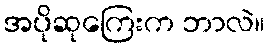
အပိုဆုကြေးက ဘာလဲ။